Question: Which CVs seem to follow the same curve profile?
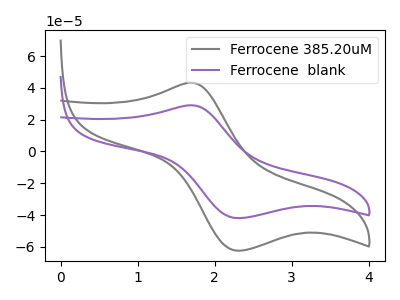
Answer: <think>The gray curve "Ferrocene 385.20uM" has an anodic peak at (1.70V, 43.20uA) and a cathodic peak at (2.30V, -62.45uA). The purple curve "Ferrocene  blank" has an anodic peak at (1.70V, 29.05uA) and a cathodic peak at (2.30V, -41.95uA).
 All the peaks in "Ferrocene 385.20uM" have a peak in "Ferrocene  blank" at the same potential. Every peak in "Ferrocene 385.20uM" is higher than every peak in "Ferrocene  blank".</think>
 <answer>"Ferrocene  blank" and "Ferrocene 385.20uM" have the same shape and are likely CV's of the same chemical.</answer>
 <eval>"Ferrocene  blank" "Ferrocene 385.20uM"</eval>